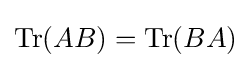
{\text{Tr}}(AB)={\text{Tr}}(BA)